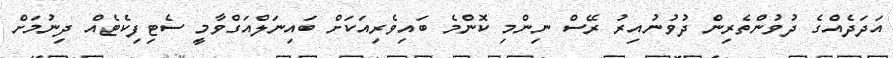
އަދަދެއްގެ ދުވުންތެރިން ދުވުނުއިރު ރޭސް ނިންމި ކޮންމެ ބައިވެރިއަކަށް ބައިނަލްއަގްވާމީ ސެޓިފިކެޓެއް ދިނުމަށް